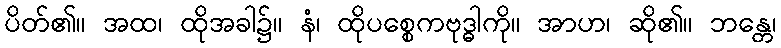
ပိတ်၏။ အထ၊ ထိုအခါ၌။ နံ၊ ထိုပစ္စေကဗုဒ္ဓါကို။ အာဟ၊ ဆို၏။ ဘန္တေ၊